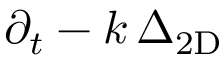
\partial _ { t } - k \, \Delta _ { \mathrm { 2 D } }